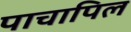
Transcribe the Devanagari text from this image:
पाचापिल